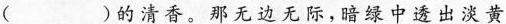
( )的清香。那无边无际，暗绿中透出淡黄